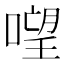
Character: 𠻾